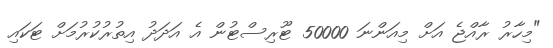
"މިހާރު ރާއްޖެ އަށް މިއަންނަ 50000 ޓޫރިސްޓުން އެ އަދަދު އިތުރުކުރުމަށް ޓަކައި